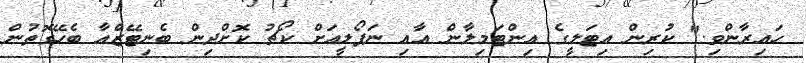
ހައިރާންވި." ކުރިން އިޓަލީގެ އިންޓަމިލާން އާއި ނަޕޯލީއަށް ކޯޗު ކޮށްދިން ބެނިޓޭޒްއާ ބެހޭގޮތުން